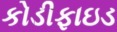
કોડીફાઇડ